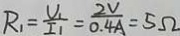
R _ { 1 } = \frac { V _ { 1 } } { I _ { 1 } } = \frac { 2 V } { 0 . 4 A } = 5 \Omega